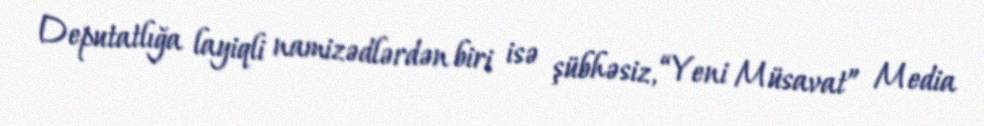
Deputatlığa layiqli namizədlərdən biri isə şübhəsiz, “Yeni Müsavat” Media